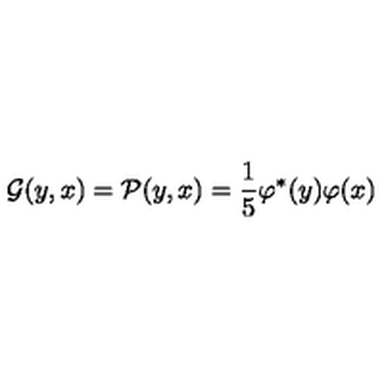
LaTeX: \mathcal G ( y , x ) = \mathcal P ( y , x ) = \frac { 1 } { 5 } \varphi ^ { * } ( y ) \varphi ( x )